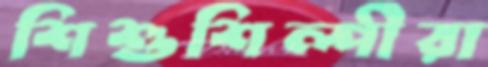
শিশুশিল্পীরা